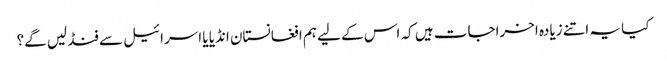
کیا یہ اتنے زیادہ اخراجات ہیں کہ اس کے لیے ہم افغانستان انڈیا یا اسرائیل سے فنڈ لیں گے؟